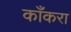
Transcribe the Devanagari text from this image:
काँकरा